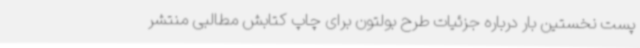
پست نخستین بار درباره جزئیات طرح بولتون برای چاپ کتابش مطالبی منتشر